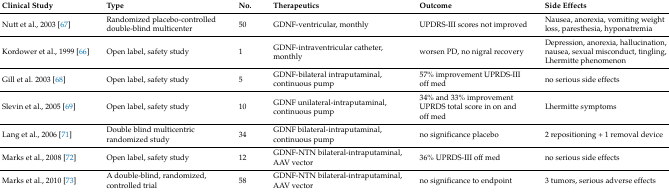
| Clinical Study | Type | No. | Therapeutics | Outcome | Side Effects |
 | --- | --- | --- | --- | --- | --- |
 | Nutt et al., 2003 [67] | Randomized placebo-controlled double-blind multicenter | 50 | GDNF-ventricular, monthly | UPDRS-III scores not improved | Nausea, anorexia, vomiting weight loss, paresthesia, hyponatremia |
 | Kordower et al., 1999 [66] | Open label, safety study | 1 | GDNF-intraventricular catheter, monthly | worsen PD, no nigral recovery | Depression, anorexia, hallucination, nausea, sexual misconduct, tingling, Lhermitte phenomenon |
 | Gill et al. 2003 [68] | Open label, safety study | 5 | GDNF-bilateral intraputaminal, continuous pump | 57% improvement UPRDS-III off med | no serious side effects |
 | Slevin et al., 2005 [69] | Open label, safety study | 10 | GDNF unilateral-intraputaminal, continuous pump | 34% and 33% improvement UPRDS total score in on and off med | Lhermitte symptoms |
 | Lang et al., 2006 [71] | Double blind multicentric randomized study | 34 | GDNF bilateral-intraputaminal, continuous pump | no significance placebo | 2 repositioning + 1 removal device |
 | Marks et al., 2008 [72] | Open label, safety study | 12 | GDNF-NTN bilateral-intraputaminal, AAV vector | 36% UPRDS-III off med | no serious side effects |
 | Marks et al., 2010 [73] | A double-blind, randomized, controlled trial | 58 | GDNF-NTN bilateral-intraputaminal, AAV vector | no significance to endpoint | 3 tumors, serious adverse effects |